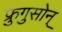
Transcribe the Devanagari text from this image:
फ्रुगुसोन्